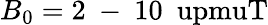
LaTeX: B_{0}=2\mathrm{~-~}10~\mathrm{\ upmuT}